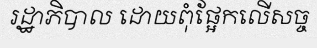
រដ្ឋាភិបាល ដោយពុំផ្អែកលើសច្ច